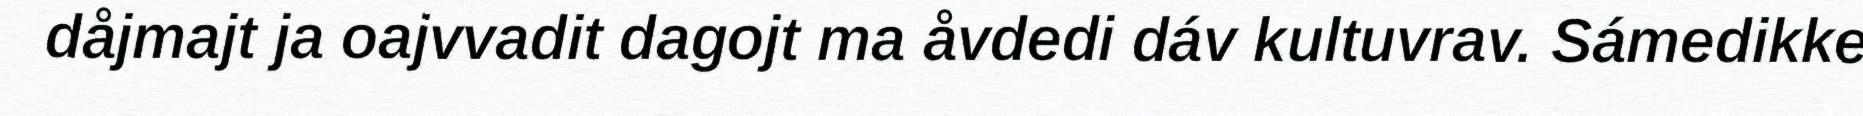
dåjmajt ja oajvvadit dagojt ma åvdedi dáv kultuvrav. Sámedikke